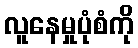
လူနေမှုပုံစံကို